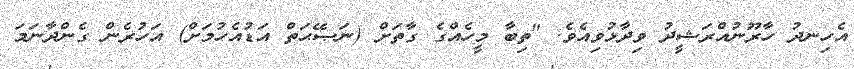
އެހިނދު ހާރޫނުއްރަޝީދު ވިދާޅުވިއެވެ. "ތިބާ މީހެއްގެ ގާތަށް (ނަޞޭޙަތް އަޑުއެހުމަށް) އަހުރެން ގެންދާނަމަ